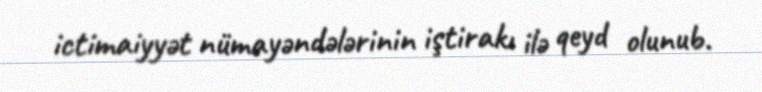
ictimaiyyət nümayəndələrinin iştirakı ilə qeyd olunub.